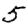
Digit: 5